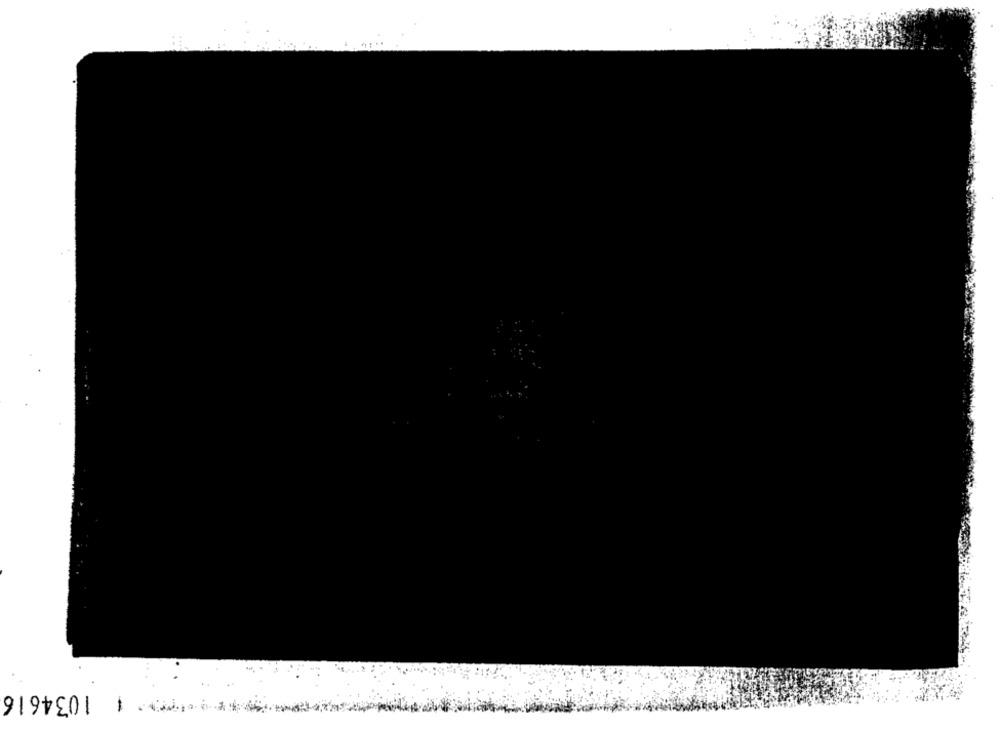
*************** 11034616